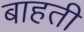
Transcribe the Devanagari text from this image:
बाहती